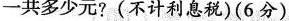
一共多少元?(不计利息税)(6分)